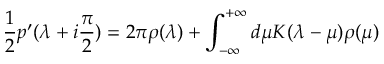
{ \frac { 1 } { 2 } } p ^ { \prime } ( \lambda + i { \frac { \pi } { 2 } } ) = 2 \pi \rho ( \lambda ) + \int _ { - \infty } ^ { + \infty } d \mu K ( \lambda - \mu ) \rho ( \mu )